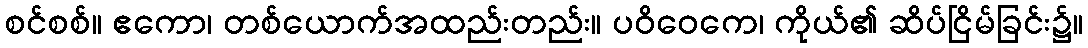
စင်စစ်။ ဧကော၊ တစ်ယောက်အထည်းတည်း။ ပဝိဝေကေ၊ ကိုယ်၏ ဆိပ်ငြိမ်ခြင်း၌။